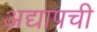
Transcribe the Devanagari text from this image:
अद्यापची